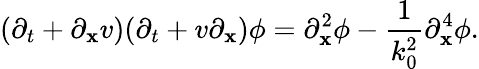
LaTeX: (\partial_{t}+\partial_{\mathbf{x}}v)(\partial_{t}+v\partial_{\mathbf{x}})\phi=\partial_{\mathbf{x}}^{2}\phi-\frac{{1}}{{k_{0}^{2}}}\partial_{\mathbf{x}}^{4}\phi.